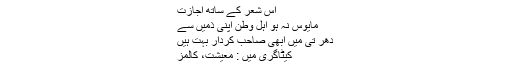
اس شعر کے ساتھ اجازت
مایوس نہ ہو اہل وطن اپنی ذمیں سے
دھر تی میں ابھی صاحب کردار بہت ہیں
کیٹاگری میں : معیشت، کالمز